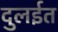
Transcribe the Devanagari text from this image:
दुलईत